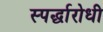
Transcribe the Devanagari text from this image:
स्पर्द्धारोधी